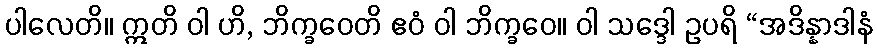
ပါလေတိ။ ဣတိ ဝါ ဟိ, ဘိက္ခဝေတိ ဧဝံ ဝါ ဘိက္ခဝေ။ ဝါ သဒ္ဒေါ ဥပရိ “အဒိန္နာဒါနံ